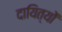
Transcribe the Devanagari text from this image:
दायित्यों